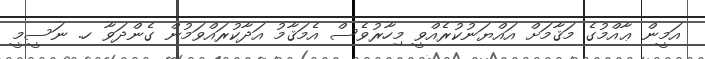
އަމީން ޢާއްމުގެ މަޤާމަށް އައްޔަނުކުރެއްވީ މިހާރުވެސް އެމަޤާމު އަދާކުރައްވަމުން ގެންދަވާ ހ. ނަސީމީ